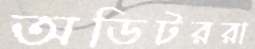
অডিটররা